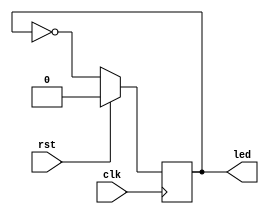
module top (
    input clk ,
    input rst ,
    output led 
);  
    reg ledR ;

    assign led = ledR ;

    always @(posedge clk) begin
        if(rst)begin
            ledR <= 1'b0 ;
        end else begin
            ledR <= ~ledR ;
        end
    end

endmodule //top